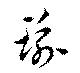
踰